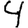
Digit: 4